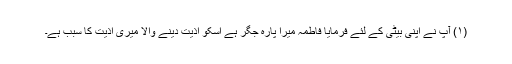
(۱) آپ نے اپنی بیٹی کے لئے فرمایا فاطمہ میرا پارہ جگر ہے اسکو اذیت دینے والا میری اذیت کا سبب ہے۔